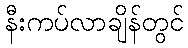
နီးကပ်လာချိန်တွင်